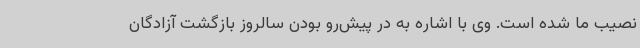
نصیب ما شده است. وی با اشاره به در پیش‌رو بودن سالروز بازگشت آزادگان